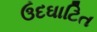
ઉદઘાટિત